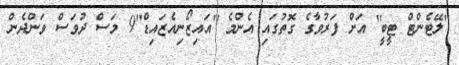
''ލޭޓެންޓް ޓީބީ'' އަށް ފަރުވާގެ ގޮތުގައި އެންމެ ''އައިޒޯނިއެޒައިޑް''9 މަސް ދުވަސް ވަންދެން